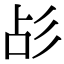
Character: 㣌